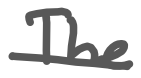
Text: The
Cross-out: single-line
Writing tool: digital_gray